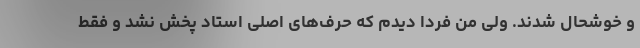
و خوشحال شدند. ولی من فردا دیدم که حرف‌های اصلی استاد پخش نشد و فقط